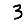
Digit: 3